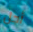
أجل